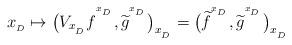
LaTeX: \begin{align*}x_{{}_D} \mapsto \big( V_{x_{{}_D}} {f}^{{}^{{}^{x_{{}_D}}}} , {\widetilde{g}}^{{}^{{}^{x_{{}_D}}}} \big)_{x_{{}_D}}= \big( {\widetilde{f}}^{{}^{{}^{x_{{}_D}}}} , {\widetilde{g}}^{{}^{{}^{x_{{}_D}}}} \big)_{x_{{}_D}} \,\,\end{align*}